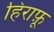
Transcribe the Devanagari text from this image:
हिराफ़ू